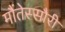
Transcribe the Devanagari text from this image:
मौंतेस्सौरी